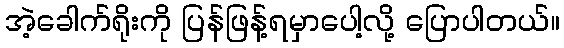
အဲ့ခေါက်ရိုးကို ပြန်ဖြန့်ရမှာပေါ့လို့ ပြောပါတယ်။